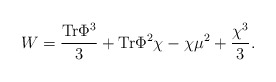
\begin{align*}W = {{\rm Tr}\Phi^3\over 3} + {\rm Tr}\Phi^2 \chi - \chi\mu^2 +{\chi^3 \over 3}.\end{align*}